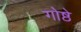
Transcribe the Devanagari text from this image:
गोष्ठे